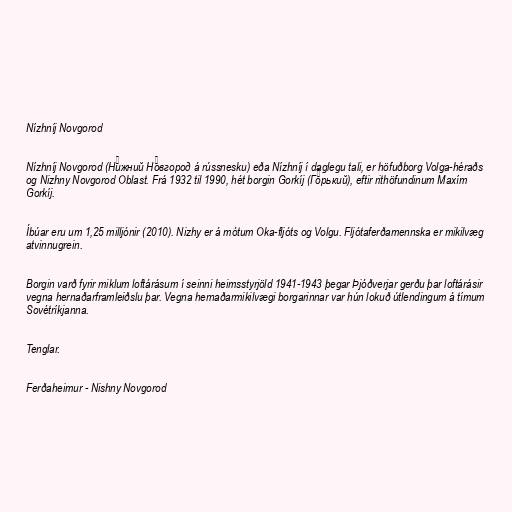
Nízhníj Novgorod

Nízhníj Novgorod (Ни́жний Но́вгород á rússnesku) eða Nízhníj í daglegu tali, er höfuðborg Volga-héraðs
og Nizhny Novgorod Oblast. Frá 1932 til 1990, hét borgin Gorkíj (Го́рький), eftir rithöfundinum Maxím
Gorkíj.

Íbúar eru um 1,25 milljónir (2010). Nizhy er á mótum Oka-fljóts og Volgu. Fljótaferðamennska er mikilvæg
atvinnugrein.

Borgin varð fyrir miklum loftárásum í seinni heimsstyrjöld 1941-1943 þegar Þjóðverjar gerðu þar loftárásir
vegna hernaðarframleiðslu þar. Vegna hernaðarmikilvægi borgarinnar var hún lokuð útlendingum á tímum
Sovétríkjanna.

Tenglar.

Ferðaheimur - Nishny Novgorod